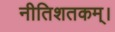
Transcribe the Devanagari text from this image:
नीतिशतकम्।